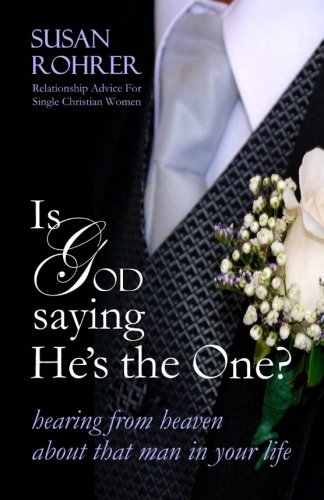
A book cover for Is God Saying He's The One?: Hearing from Heaven about That Man in Your Life; Susan Rohrer; Religion & Spirituality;